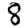
Digit: 8